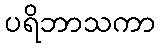
ပရိဘာသကာ